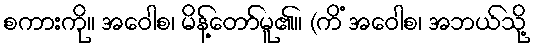
စကားကို။ အဝေါစ၊ မိန့်တော်မူ၏။ (ကိံ အဝေါစ၊ အဘယ်သို့